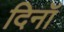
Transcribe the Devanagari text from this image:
दिनॉ